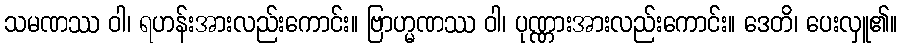
သမဏဿ ဝါ၊ ရဟန်းအားလည်းကောင်း။ ဗြာဟ္မဏဿ ဝါ၊ ပုဏ္ဏားအားလည်းကောင်း။ ဒေတိ၊ ပေးလှူ၏။